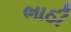
ભાઠી